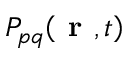
P _ { p q } \! \left( \textbf { r } , t \right)